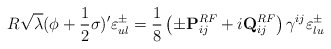
\begin{align*}R \sqrt{\lambda} ( \phi + {1 \over 2} \sigma )' \varepsilon^{\pm}_{ul} ={1 \over 8} \left( \pm {\bf{P}}^{RF}_{ij} + i {\bf{Q}}_{ij}^{RF} \right) \gamma^{ij} \varepsilon^{\pm}_{lu}\end{align*}